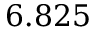
6 . 8 2 5